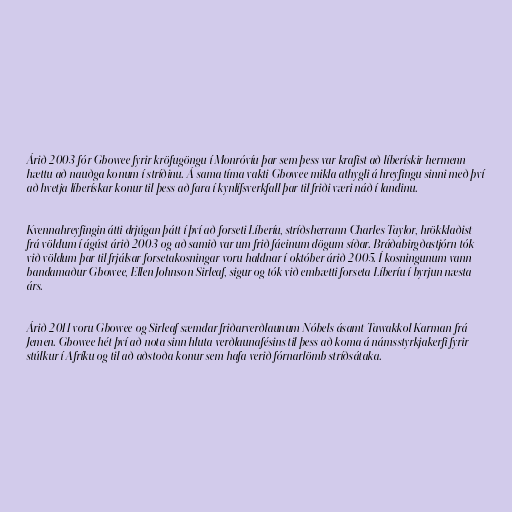
Árið 2003 fór Gbowee fyrir kröfugöngu í Monróvíu þar sem þess var krafist að líberískir hermenn
hættu að nauðga konum í stríðinu. Á sama tíma vakti Gbowee mikla athygli á hreyfingu sinni með því
að hvetja líberískar konur til þess að fara í kynlífsverkfall þar til friði væri náð í landinu.

Kvennahreyfingin átti drjúgan þátt í því að forseti Líberíu, stríðsherrann Charles Taylor, hrökklaðist
frá völdum í ágúst árið 2003 og að samið var um frið fáeinum dögum síðar. Bráðabirgðastjórn tók
við völdum þar til frjálsar forsetakosningar voru haldnar í október árið 2005. Í kosningunum vann
bandamaður Gbowee, Ellen Johnson Sirleaf, sigur og tók við embætti forseta Líberíu í byrjun næsta
árs.

Árið 2011 voru Gbowee og Sirleaf sæmdar friðarverðlaunum Nóbels ásamt Tawakkol Karman frá
Jemen. Gbowee hét því að nota sinn hluta verðlaunafésins til þess að koma á náms­styrkja­kerfi fyr­ir
stúlk­ur í Afr­íku og til að aðstoða kon­ur sem hafa verið fórn­ar­lömb stríðsátaka.